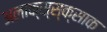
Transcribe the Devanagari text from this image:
अलाक्स्स्क्साक